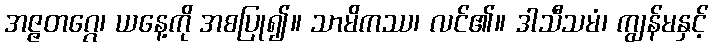
အဇ္ဇတဂ္ဂေ၊ ယနေ့ကို အစပြု၍။ သာမိကဿ၊ လင်၏။ ဒါသီသမံ၊ ကျွန်မနှင့်